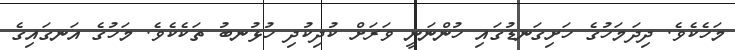
މަހެކެވެ. ދިދަމަހުގެ ހަށިގަނޑުގައި ހުންނަނީ ވަރަށް ކުދިކުދި ހުޅުނބު ތަކެކެވެ. މަހުގެ އަނގައިގެ